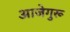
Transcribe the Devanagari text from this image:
आजेगुरू